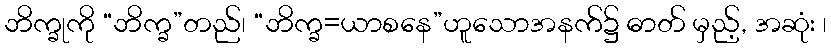
ဘိက္ခုကို “ဘိက္ခ”တည်၊ “ဘိက္ခ=ယာစနေ”ဟူသောအနက်၌ ဓာတ် မှည့်, အဆုံး ၊